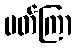
ပတ်ကြာ